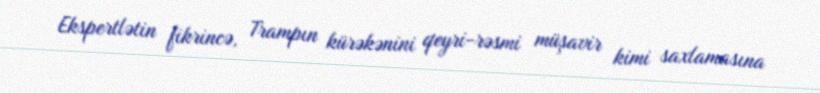
Ekspertlətin fikrincə, Trampın kürəkənini qeyri-rəsmi müşavir kimi saxlamasına